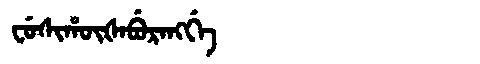
Manchu: ᠸᡠᠰᡳᡥᡡᡧᠠᠪᡠᡵᠠᠩᡤᡝ
Romanization: FUSIHŪŠABURANGGE